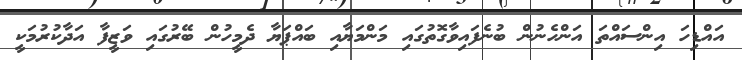
އައްޑިހަ އިންސައްތަ އަންހެނުން ބުނެފައިވާގޮތުގައި މަންމަޔާއި ބައްޕަޔާ ދެމީހުން ބޭރުގައި ވަޒީފާ އަދާކުރުމަކީ